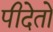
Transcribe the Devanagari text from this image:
पीदेतो